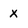
Character: x